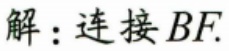
解：连接 \(BF\).